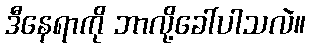
ဒီနေရာကို ဘာလို့ခေါ်ပါသလဲ။